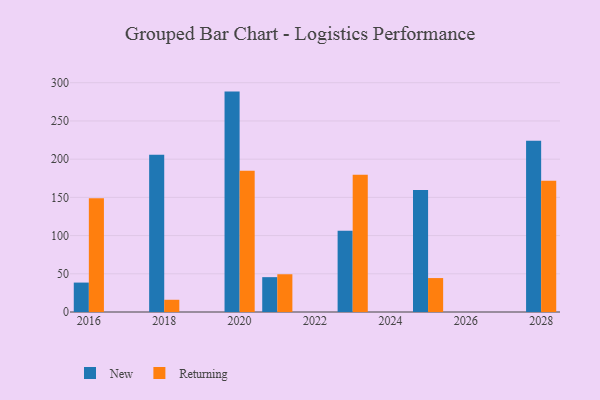
{"axis": {"x": "Year", "y": "Conversion Rate (%)"}, "legend": ["New", "Returning"], "data": [{"x": "2023", "y": 106.4, "type": "New"}, {"x": "2023", "y": 179.6, "type": "Returning"}, {"x": "2021", "y": 45.6, "type": "New"}, {"x": "2021", "y": 49.4, "type": "Returning"}, {"x": "2016", "y": 38.5, "type": "New"}, {"x": "2016", "y": 148.9, "type": "Returning"}, {"x": "2028", "y": 224.1, "type": "New"}, {"x": "2028", "y": 171.7, "type": "Returning"}, {"x": "2018", "y": 205.9, "type": "New"}, {"x": "2018", "y": 16.0, "type": "Returning"}, {"x": "2020", "y": 288.4, "type": "New"}, {"x": "2020", "y": 184.7, "type": "Returning"}, {"x": "2025", "y": 159.7, "type": "New"}, {"x": "2025", "y": 44.4, "type": "Returning"}]}